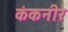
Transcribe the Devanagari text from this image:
कंकनीर